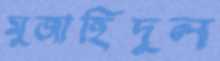
মুজাহিদুল